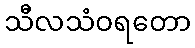
သီလသံဝရတော